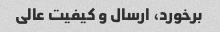
برخورد، ارسال و کیفیت عالی